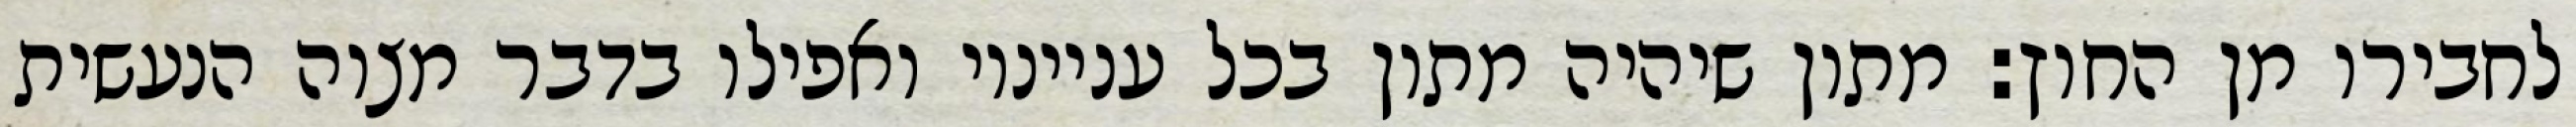
לחבירו מן החוץ: מתון שיהיה מתון בכל ענייניו ואפילו בדבר מצוה הנעשית